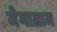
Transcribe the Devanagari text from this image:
मेगाग्राम